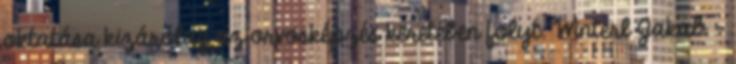
oktatása kizárólag az orvosképzés keretében folyt. Winterl Jakab –